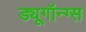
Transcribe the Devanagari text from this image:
ड्यूगॉन्ग्स